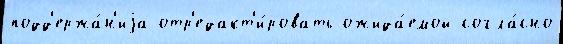
подд'ержа́н'иjа отр'едакт'и́ровать ожида́емой согла́сно